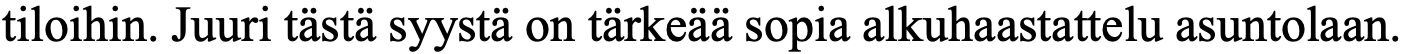
tiloihin. Juuri tästä syystä on tärkeää sopia alkuhaastattelu asuntolaan.